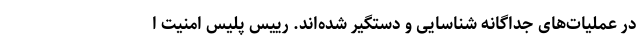
در عملیات‌های جداگانه شناسایی و دستگیر شده‌اند. رییس پلیس امنیت ا